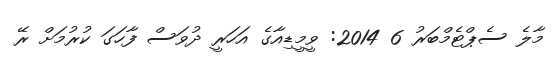
މާލެ ސެޕްޓެމްބަރު 6 2014: ވީމީޑިއާގެ އަހަރީ ދުވަސް ފާހަގަ ކުރުމަށް ރޭ